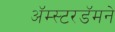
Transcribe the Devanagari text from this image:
अॅम्स्टरडॅमने